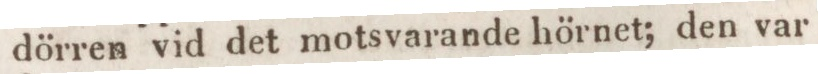
dörren vid det motsvarande hörnet; den var